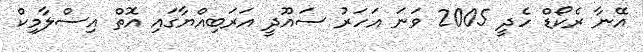
އޭނާ ރެކޯޑް ހެދީ 2005 ވަނަ އަހަރު ސައޫދީ އަރަބިއްޔާގައި އޮތް އިސްލާމިކް